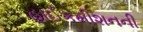
હાઈકમીશનની